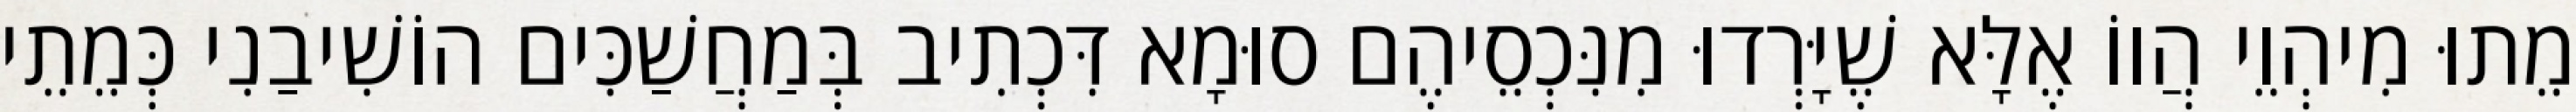
מֵתוּ מִיהְוֵי הֲווֹ אֶלָּא שֶׁיָּרְדוּ מִנִּכְסֵיהֶם סוּמָא דִּכְתִיב בְּמַחֲשַׁכִּים הוֹשִׁיבַנִי כְּמֵתֵי